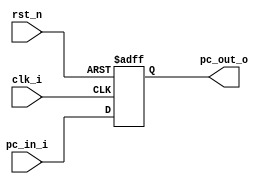
module Program_Counter( clk_i, rst_n, pc_in_i, pc_out_o );
     
//I/O ports
input           clk_i;
input	        rst_n;
input  [32-1:0] pc_in_i;
output [32-1:0] pc_out_o;
 
//Internal Signals
reg    [32-1:0] pc_out_o;

//Main function
always @(posedge clk_i or negedge rst_n) begin
    if(~rst_n)
	    pc_out_o <= 0;
	else
	    pc_out_o <= pc_in_i;
	// $display("pc_out_o: %d",pc_out_o);
end

endmodule